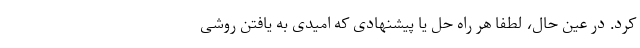
کرد. در عین حال، لطفا هر راه حل یا پیشنهادی که امیدی به یافتن روشی